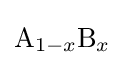
{\ce {A_{1-x}B_{x}}}